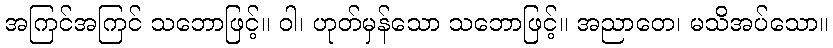
အကြင်အကြင် သဘောဖြင့်။ ဝါ၊ ဟုတ်မှန်သော သဘောဖြင့်။ အညာတေ၊ မသိအပ်သော။